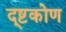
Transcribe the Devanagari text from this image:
द्ष्टकोण